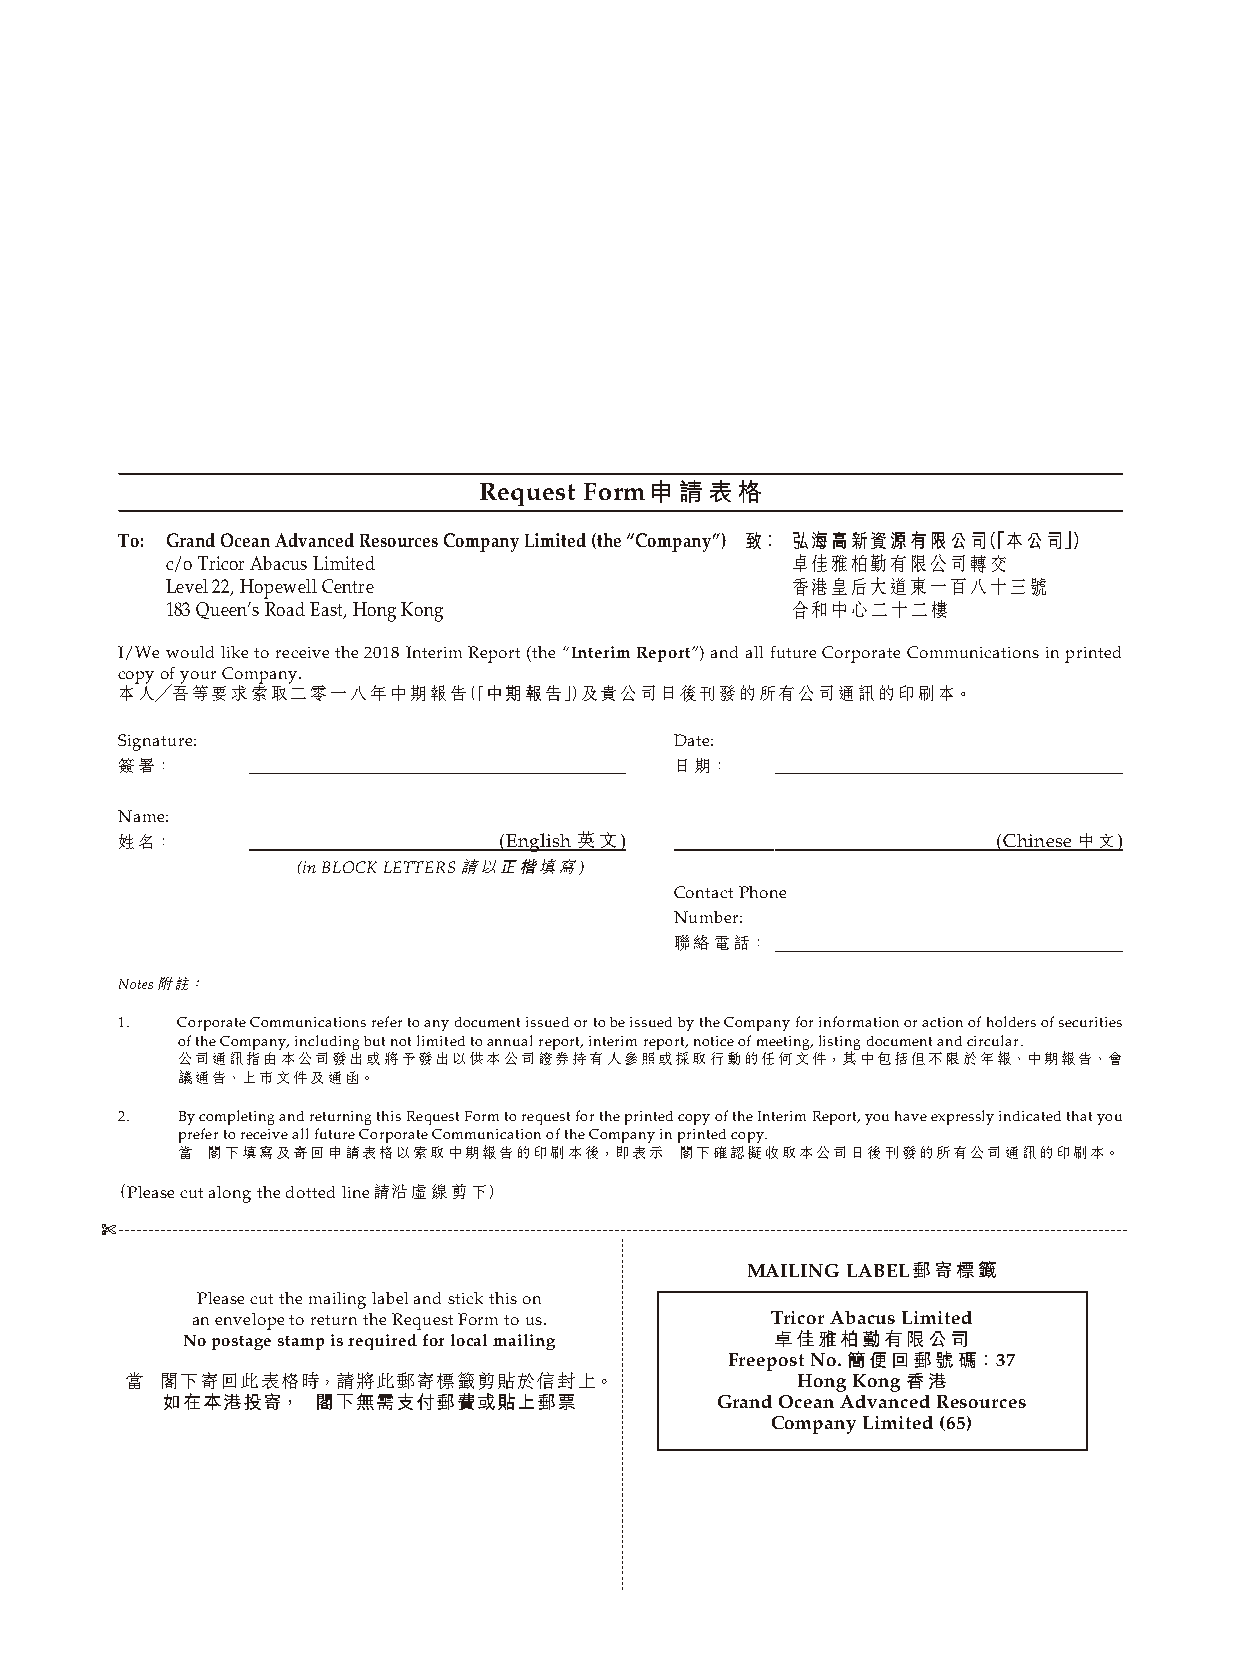
Request Form申請表格
 To: Grand Ocean Advanced Resources Company Limited (the “Company”) 致： 弘海高新資源有限公司（「本公司」）
 c/o Tricor Abacus Limited                卓佳雅柏勤有限公司轉交
 Level 22, Hopewell Centre                香港皇后大道東一百八十三號
 183 Queen’s Road East, Hong Kong         合和中心二十二樓
 I/We would like to receive the 2018 Interim Report (the “Interim Report”) and all future Corporate Communications in printed
 copy of your Company.
 本人╱吾等要求索取二零一八年中期報告（「中期報告」）及貴公司日後刊發的所有公司通訊的印刷本。
 Signature:                           Date:
 簽署：                                  日期：
 Name:
 姓名：                      (English 英文)                     (Chinese 中文)
 (in BLOCK LETTERS 請以正楷填寫 )
 Contact Phone
 Number:
 聯絡電話：
 Notes 附註：
 1.  Corporate Communications refer to any document issued or to be issued by the Company for information or action of holders of securities
 of the Company, including but not limited to annual report, interim report, notice of meeting, listing document and circular.
 公司通訊指由本公司發出或將予發出以供本公司證券持有人參照或採取行動的任何文件，其中包括但不限於年報、中期報告、會
 議通告、上市文件及通函。
 2.  By completing and returning this Request Form to request for the printed copy of the Interim Report, you have expressly indicated that you
 prefer to receive all future Corporate Communication of the Company in printed copy.
 當 閣下填寫及寄回申請表格以索取中期報告的印刷本後，即表示    閣下確認擬收取本公司日後刊發的所有公司通訊的印刷本。
 （Please cut along the dotted line請沿虛線剪下）
 ✄ -------------------------------------------------------------------------------------------------------------------------------------------------------------------------
 MAILING LABEL郵寄標籤
 Please cut the mailing label and stick this on
 an envelope to return the Request Form to us. Tricor Abacus Limited
 No postage stamp is required for local mailing 卓佳雅柏勤有限公司
 Freepost No. 簡便回郵號碼：37
 當  閣下寄回此表格時，請將此郵寄標籤剪貼於信封上。                   Hong Kong 香港
 如在本港投寄，   閣下無需支付郵費或貼上郵票             Grand Ocean Advanced Resources
 Company Limited (65)